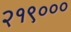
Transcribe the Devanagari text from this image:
२१९०००